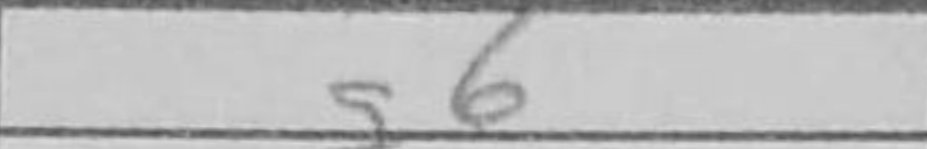
Transcription: g6